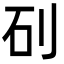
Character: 矵